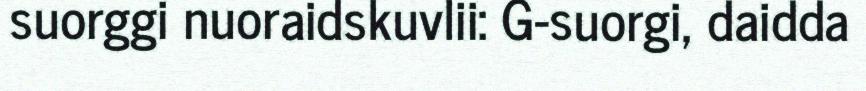
suorggi nuoraidskuvlii: G-suorgi, daidda